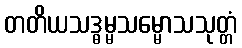
တတိယသဒ္ဓမ္မသမ္မောသသုတ္တံ